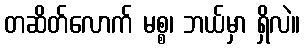
တဆိတ်လောက် မစ္စ၊ ဘယ်မှာ ရှိလဲ။